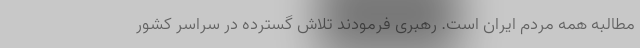
مطالبه همه مردم ایران است. رهبری فرمودند تلاش گسترده در سراسر کشور